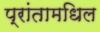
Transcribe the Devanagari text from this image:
प्रांतामधिल